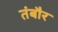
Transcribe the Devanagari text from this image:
तंबौर